Medical and sanitary report of the native army of Madras for the year
Year: 1877
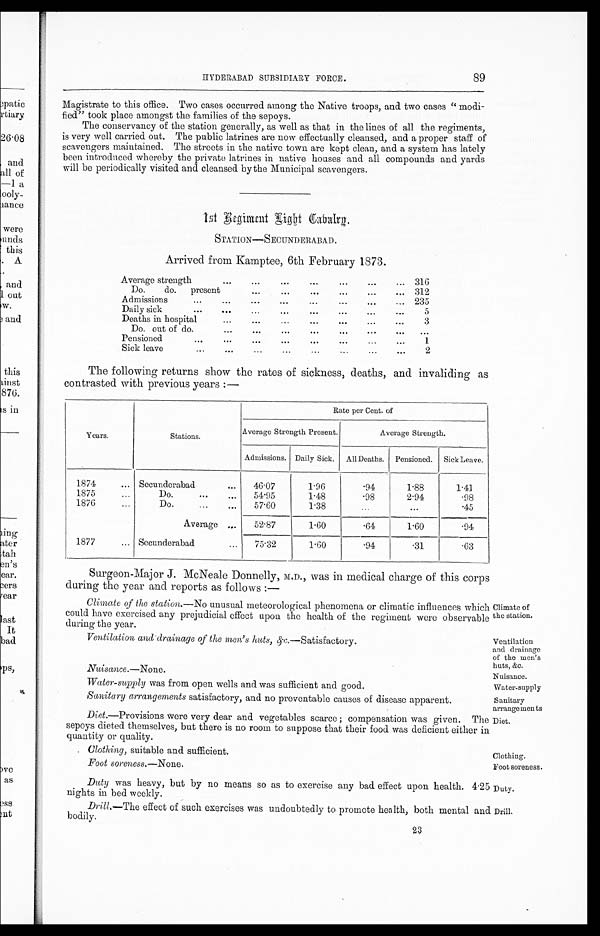
89 H Y D E R A B A D S U B S I D I A R Y F O R C E .
Magistrate to this office. Two cases occurred among the Native troops, and. two cases " modi
-fied" took place amongst the families of the sepoys.
The conservancy of the station generally, as well as that in the lines of all the regiments,
is very well carried out. The public latrines are now effectually cleansed, and a proper staff of
scavengers maintained. The streets in the native town are kept clean, and a system has lately
been introduced whereby the private latrines in native houses and all compounds and yards
will be periodically visited and cleansed by the Municipal scavengers.
1 s t R e g i m e n t R i g h t C a b a l r g .
STATION—SECUNDERABAD.
Arrived from Kamptee, 6th February 1873.
Average strength
...
...
...
...
... 316
Do.
do.
present
...
...
...
... 312
...
Admissions
...
...
...
...
...
...
... 235
Daily sick
...
...
...
...
...
...
. . .
5
Deaths in.hospital.
...
3
Do.out of do.
...
...
...
...
....
...
Pensioned
...
...
...
...
...
...
...
1
Sick leave
...
...
...
...
...
...
...
...
2
The following returns show the rates of sickness, deaths, and invaliding as
contrasted with previous years :—
Rate per Cent. of
Years.
Stations.
Average Strength Present.
Average Strength.
Admissions. Daily Sick. All Deaths. Pensioned. Sick Leave.
1874
... Secunderabad
...
46 07
1 96
.94
1.88
1 41
1875
Do.
...
...
54 95
1 48
98
2.94
98
1876...
Do.
57.60
1 38
. . .
...
45
Average ...
52 . 87
1.60
64
1 60
94
1877
... Secunderabad... 75 32
1.60
.94
31
63
Surgeon-Major J. McNeale Donnelly, M.D., was in medical charge of this corps
during the year and reports as follows :—
Climate of the station.—No unusual meteorological phenomena or climatic influences which
could have exercised any prejudicial effect upon the health of the regiment were observable
during the year.
Ventilation and drainage of the men's hats,&c.—Satisfactory.
Nuisance.—None.
Water-supply was from open wells and was sufficient and good.
Sanitary arrangements satisfactory, and no preventable causes of disease apparent.
Diet.—Provisions were very dear and vegetables scarce ; compensation was given. The
sepoys dieted themselves, but there is no room to suppose that their food was deficient either if
quantity or quality.
Clothing, suitable and sufficient.
Foot soreness.—None.
Duty was heavy, but by no means so as to exercise any bad effect upon health. 4.25
nights in bed weekly.
Drill.—The effect of such exercises was undoubtedly to promote health, both mental and
bodily.
23
Climate of
the station,
Ventilation
and drainage
of the men's
huts. &c.
Nuisance.
Water-supply
Sanitary
arrange men is
Diet.
Clothing.
Foot soreness.
Duty.
Drill.